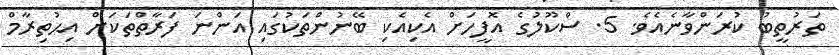
ތަރުތީބު ކުރަންވާނެއެވެ. 5. ސްކޫލުގެ އޮފީހަށް އެކިއެކި ބޭނުންތަކުގައި އަންނަ ފަރާތްތަކަށް އިޙުތިރާމް